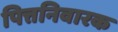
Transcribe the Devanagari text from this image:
पित्तनिवारक